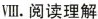
Ⅷ.阅读理解